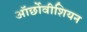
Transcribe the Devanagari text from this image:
ऑर्छोवीशियन